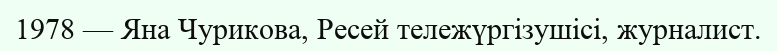
1978 — Яна Чурикова, Ресей тележүргізушісі, журналист.